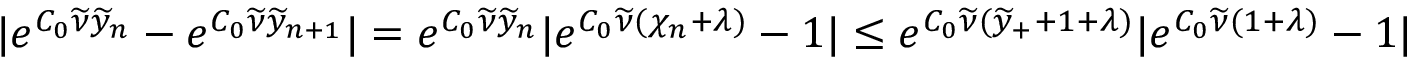
| e ^ { C _ { 0 } \widetilde { \nu } \widetilde { y } _ { n } } - e ^ { C _ { 0 } \widetilde { \nu } \widetilde { y } _ { n + 1 } } | = e ^ { C _ { 0 } \widetilde { \nu } \widetilde { y } _ { n } } | e ^ { C _ { 0 } \widetilde { \nu } ( \chi _ { n } + \lambda ) } - 1 | \leq e ^ { C _ { 0 } \widetilde { \nu } ( \widetilde { y } _ { + } + 1 + \lambda ) } | e ^ { C _ { 0 } \widetilde { \nu } ( 1 + \lambda ) } - 1 |